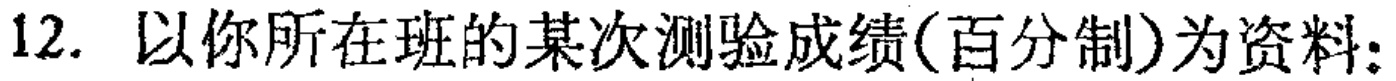
12. 以你所在班的某次测验成绩(百分制)为资料：